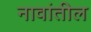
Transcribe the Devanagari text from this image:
नावांतील